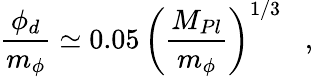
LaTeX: \frac{\phi_{d}}{m_{\phi}}\simeq 0.05\, \left(\frac{M_{Pl}}{m_{\phi}}\right)^{1/3}\; \; \; ,